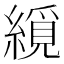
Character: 䌐